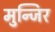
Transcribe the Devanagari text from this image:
मुन्जिर